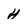
Character: H